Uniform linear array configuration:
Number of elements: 4
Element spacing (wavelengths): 1
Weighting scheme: blackman
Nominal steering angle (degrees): -30
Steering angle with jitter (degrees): -29.305
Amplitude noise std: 0.05
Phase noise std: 0.05

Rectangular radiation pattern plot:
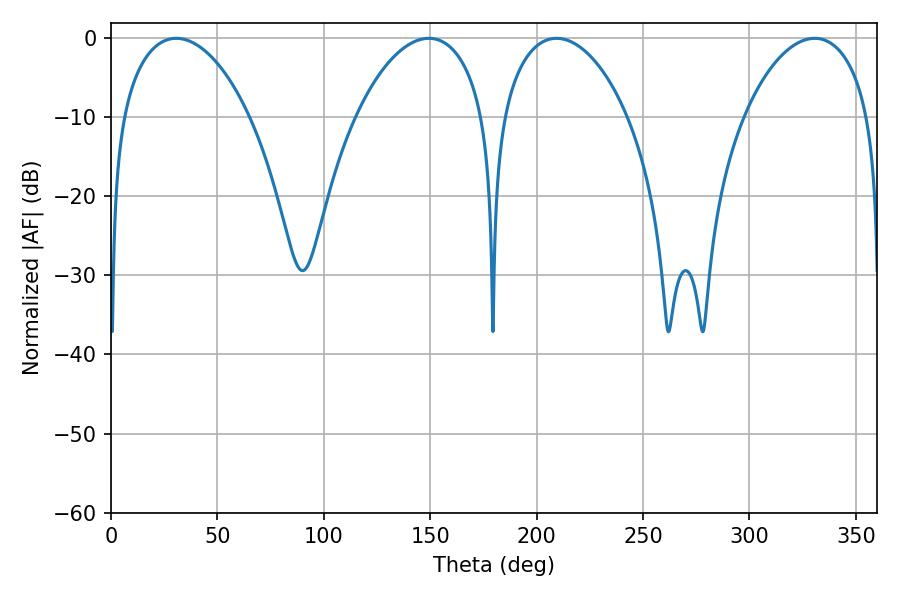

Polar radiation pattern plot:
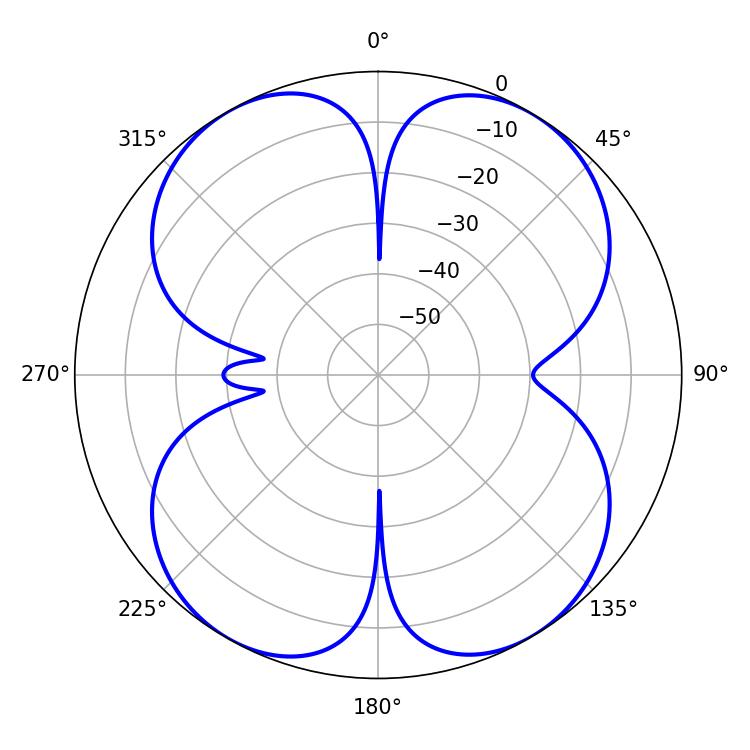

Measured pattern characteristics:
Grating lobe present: TRUE
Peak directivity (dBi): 16.856
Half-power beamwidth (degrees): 33.66
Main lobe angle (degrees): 209.34